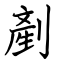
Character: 剷